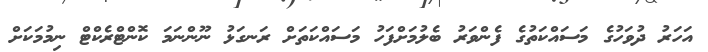
އަހަރު ދުވަހުގެ މަސައްކަތުގެ ފެންވަރު ބެލުމަށްފަހު މަސައްކަތަށް ރަނގަޅު ނޫންނަމަ ކޮންޓްރެކްޓް ނިމުމަކަށް